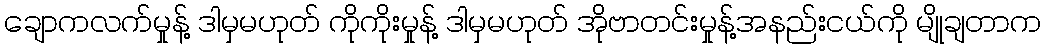
ချောကလက်မှုန့် ဒါမှမဟုတ် ကိုကိုးမှုန့် ဒါမှမဟုတ် အိုဗာတင်းမှုန့်အနည်းငယ်ကို မျိုချတာက